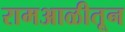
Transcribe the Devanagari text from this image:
रामआळीतून